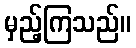
မှည့်ကြသည်။